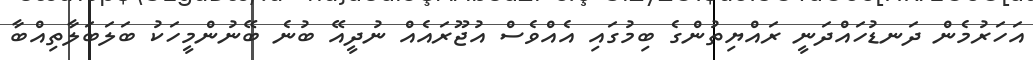
އަހަރުމެން ދަނޑުހައްދަނީ ރައްޔިތުންގެ ބިމުގައި އެއްވެސް އުޖޫރައެއް ނުދީއޭ ބުނެ ބޭނުންމީހަކު ބަލަބަލާތިއްބާ